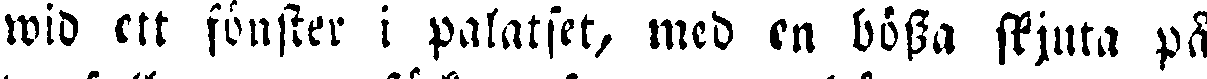
wid ett fönster i palatset, med en bössa skjuta på